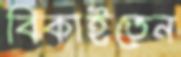
বিকাইতেন